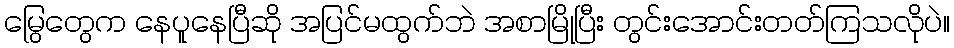
မြွေတွေက နေပူနေပြီဆို အပြင်မထွက်ဘဲ အစာမြိုပြီး တွင်းအောင်းတတ်ကြသလိုပဲ။